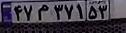
۴۷م۳۷۱۵۳